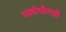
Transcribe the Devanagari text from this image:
सार्वभौमश्री